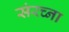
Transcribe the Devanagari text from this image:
संरच्ना